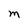
Character: m